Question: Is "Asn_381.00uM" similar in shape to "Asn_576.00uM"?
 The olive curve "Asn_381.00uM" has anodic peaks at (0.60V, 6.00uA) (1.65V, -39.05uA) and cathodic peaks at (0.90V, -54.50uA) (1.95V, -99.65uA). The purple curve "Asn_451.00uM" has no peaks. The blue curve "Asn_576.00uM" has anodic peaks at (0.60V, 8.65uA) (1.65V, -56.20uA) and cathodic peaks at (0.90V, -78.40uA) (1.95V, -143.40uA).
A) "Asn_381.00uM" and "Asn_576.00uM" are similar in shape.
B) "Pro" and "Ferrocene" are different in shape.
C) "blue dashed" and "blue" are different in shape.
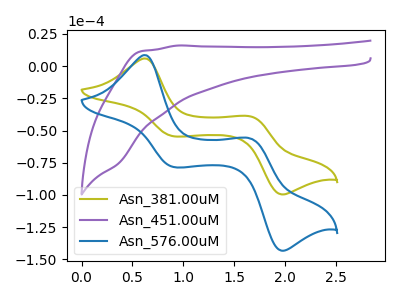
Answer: <think>All the peaks in "Asn_381.00uM" have a peak in "Asn_576.00uM" at the same potential.
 </think>
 <answer>A) "Asn_381.00uM" and "Asn_576.00uM" are similar in shape.</answer>
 <eval>A</eval>